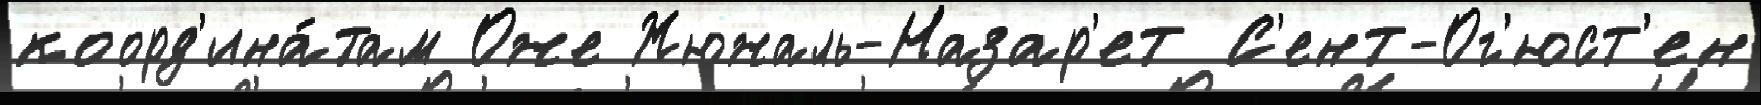
коорд'ина́там Оже Жюжаль-Назар'ет С'ент-Ог'юст'ен